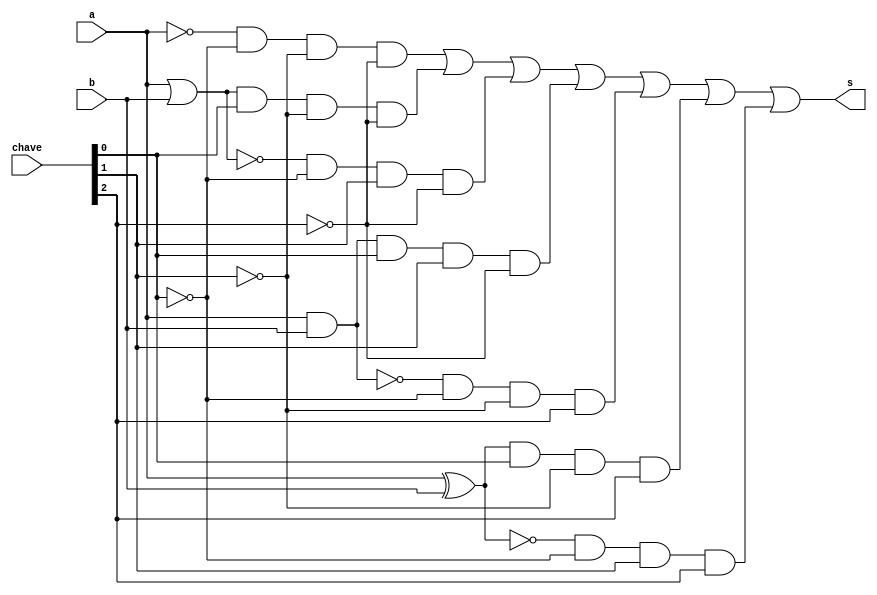
// ------------------------- 
// Exemplo0035 - F4
// Nome: Roger Rubens Machado 
// Matrichaveula: 430533
// ------------------------- 

// f4_gate 
	
	module f4 (output s, input a, input b, input [2:0] chave);
		wire s_and1;
		wire s_and2;
		wire s_and3;
		wire s_and4;
		wire s_and5;
		wire s_and6;
		wire s_and7;
		wire s_and8;
		wire s_xnor1;
		wire s_xor1;
		wire s_nor1;
		wire s_or1;
		wire s_nand1;
		
		not NOT1(s_not1, a);
		and AND2(s_and2, s_not1, ~chave[0], ~chave[1], ~chave[2]);	
		or OR1(s_or1, a, b);
		and AND3(s_and3, s_or1, chave[0], ~chave[1], ~chave[2]);		
		nor NOR1(s_nor1, a, b);
		and AND4(s_and4, s_nor1, ~chave[0], chave[1], ~chave[2]);	
		and AND1(s_and1, a, b);
		and AND5(s_and5, s_and1, chave[0], chave[1], ~chave[2]);	
		nand NAND1(s_nand1, a, b);
		and AND6(s_and6, s_nand1, ~chave[0], ~chave[1], chave[2]);
		xor XOR1(s_xor1, a, b);
		and AND7(s_and7, s_xor1, chave[0], ~chave[1], chave[2]);	
	 	xnor XNOR1(s_xnor1, a, b);
		and AND8(s_and8, s_xnor1, ~chave[0], chave[1], chave[2]);
		
		or OR2(s, s_and2, s_and3, s_and4, s_and5, s_and6, s_and7, s_and8);
	
	endmodule // f4
	
	module test_f4;
		// --Definir dados
	 	reg x; 
	 	reg y; 
		reg [2:0] chave;
		wire s; 
	 
	f4 modulo (s, x, y, chave);
	
	// --Parte princhaveipal 
	initial begin 
		$display("Exemplo0035 - Roger Rubens Machado - 430533"); 
		$display("Test LU's module"); 
			
	   #1 x = 0; y = 0; chave = 000;
		$monitor("Resultado Chave = %3b\n x = %1b \t y = %1b \t Resultado -> %1b\n", chave, x, y, s);
	
	end
	endmodule // test_f4